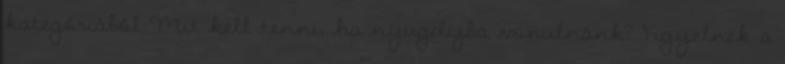
kategóriából Mit kell tenni, ha nyugdíjba vonulnánk? Figyelnek a